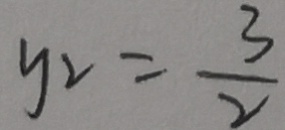
y _ { 2 } = \frac { 3 } { 2 }